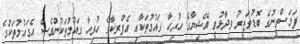
ފަލަސްތީނުގެ ބޮޑުވަޒީރު ވިދާޅުވީ އޭޝިޔާގެ ހުރިހާ ގައުމުތަކާއި އެފްރިކާގެ ހުރިހާ ގައުމުތަކުންވެސް އެގައުމުތަކުގެ